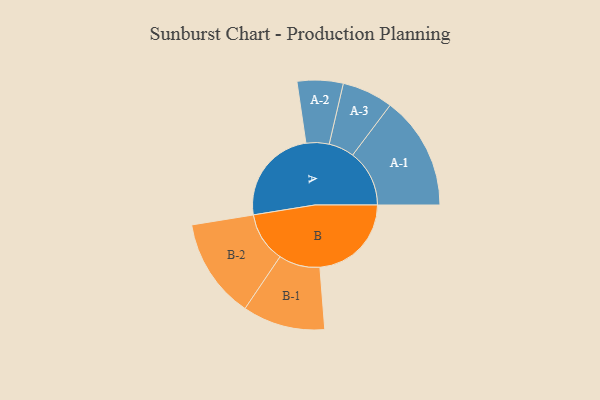
{"axis": {"x": "Segment", "y": "Value"}, "legend": ["", "A", "B"], "data": [{"x": "A", "y": 495, "type": ""}, {"x": "B", "y": 466, "type": ""}, {"x": "A-1", "y": 289, "type": "A"}, {"x": "A-2", "y": 117, "type": "A"}, {"x": "A-3", "y": 130, "type": "A"}, {"x": "B-1", "y": 210, "type": "B"}, {"x": "B-2", "y": 255, "type": "B"}]}